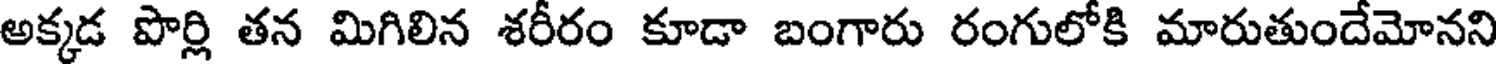
అక్కడ పొర్లి తన మిగిలిన శరీరం కూడా బంగారు రంగులోకి మారుతుందేమోనని